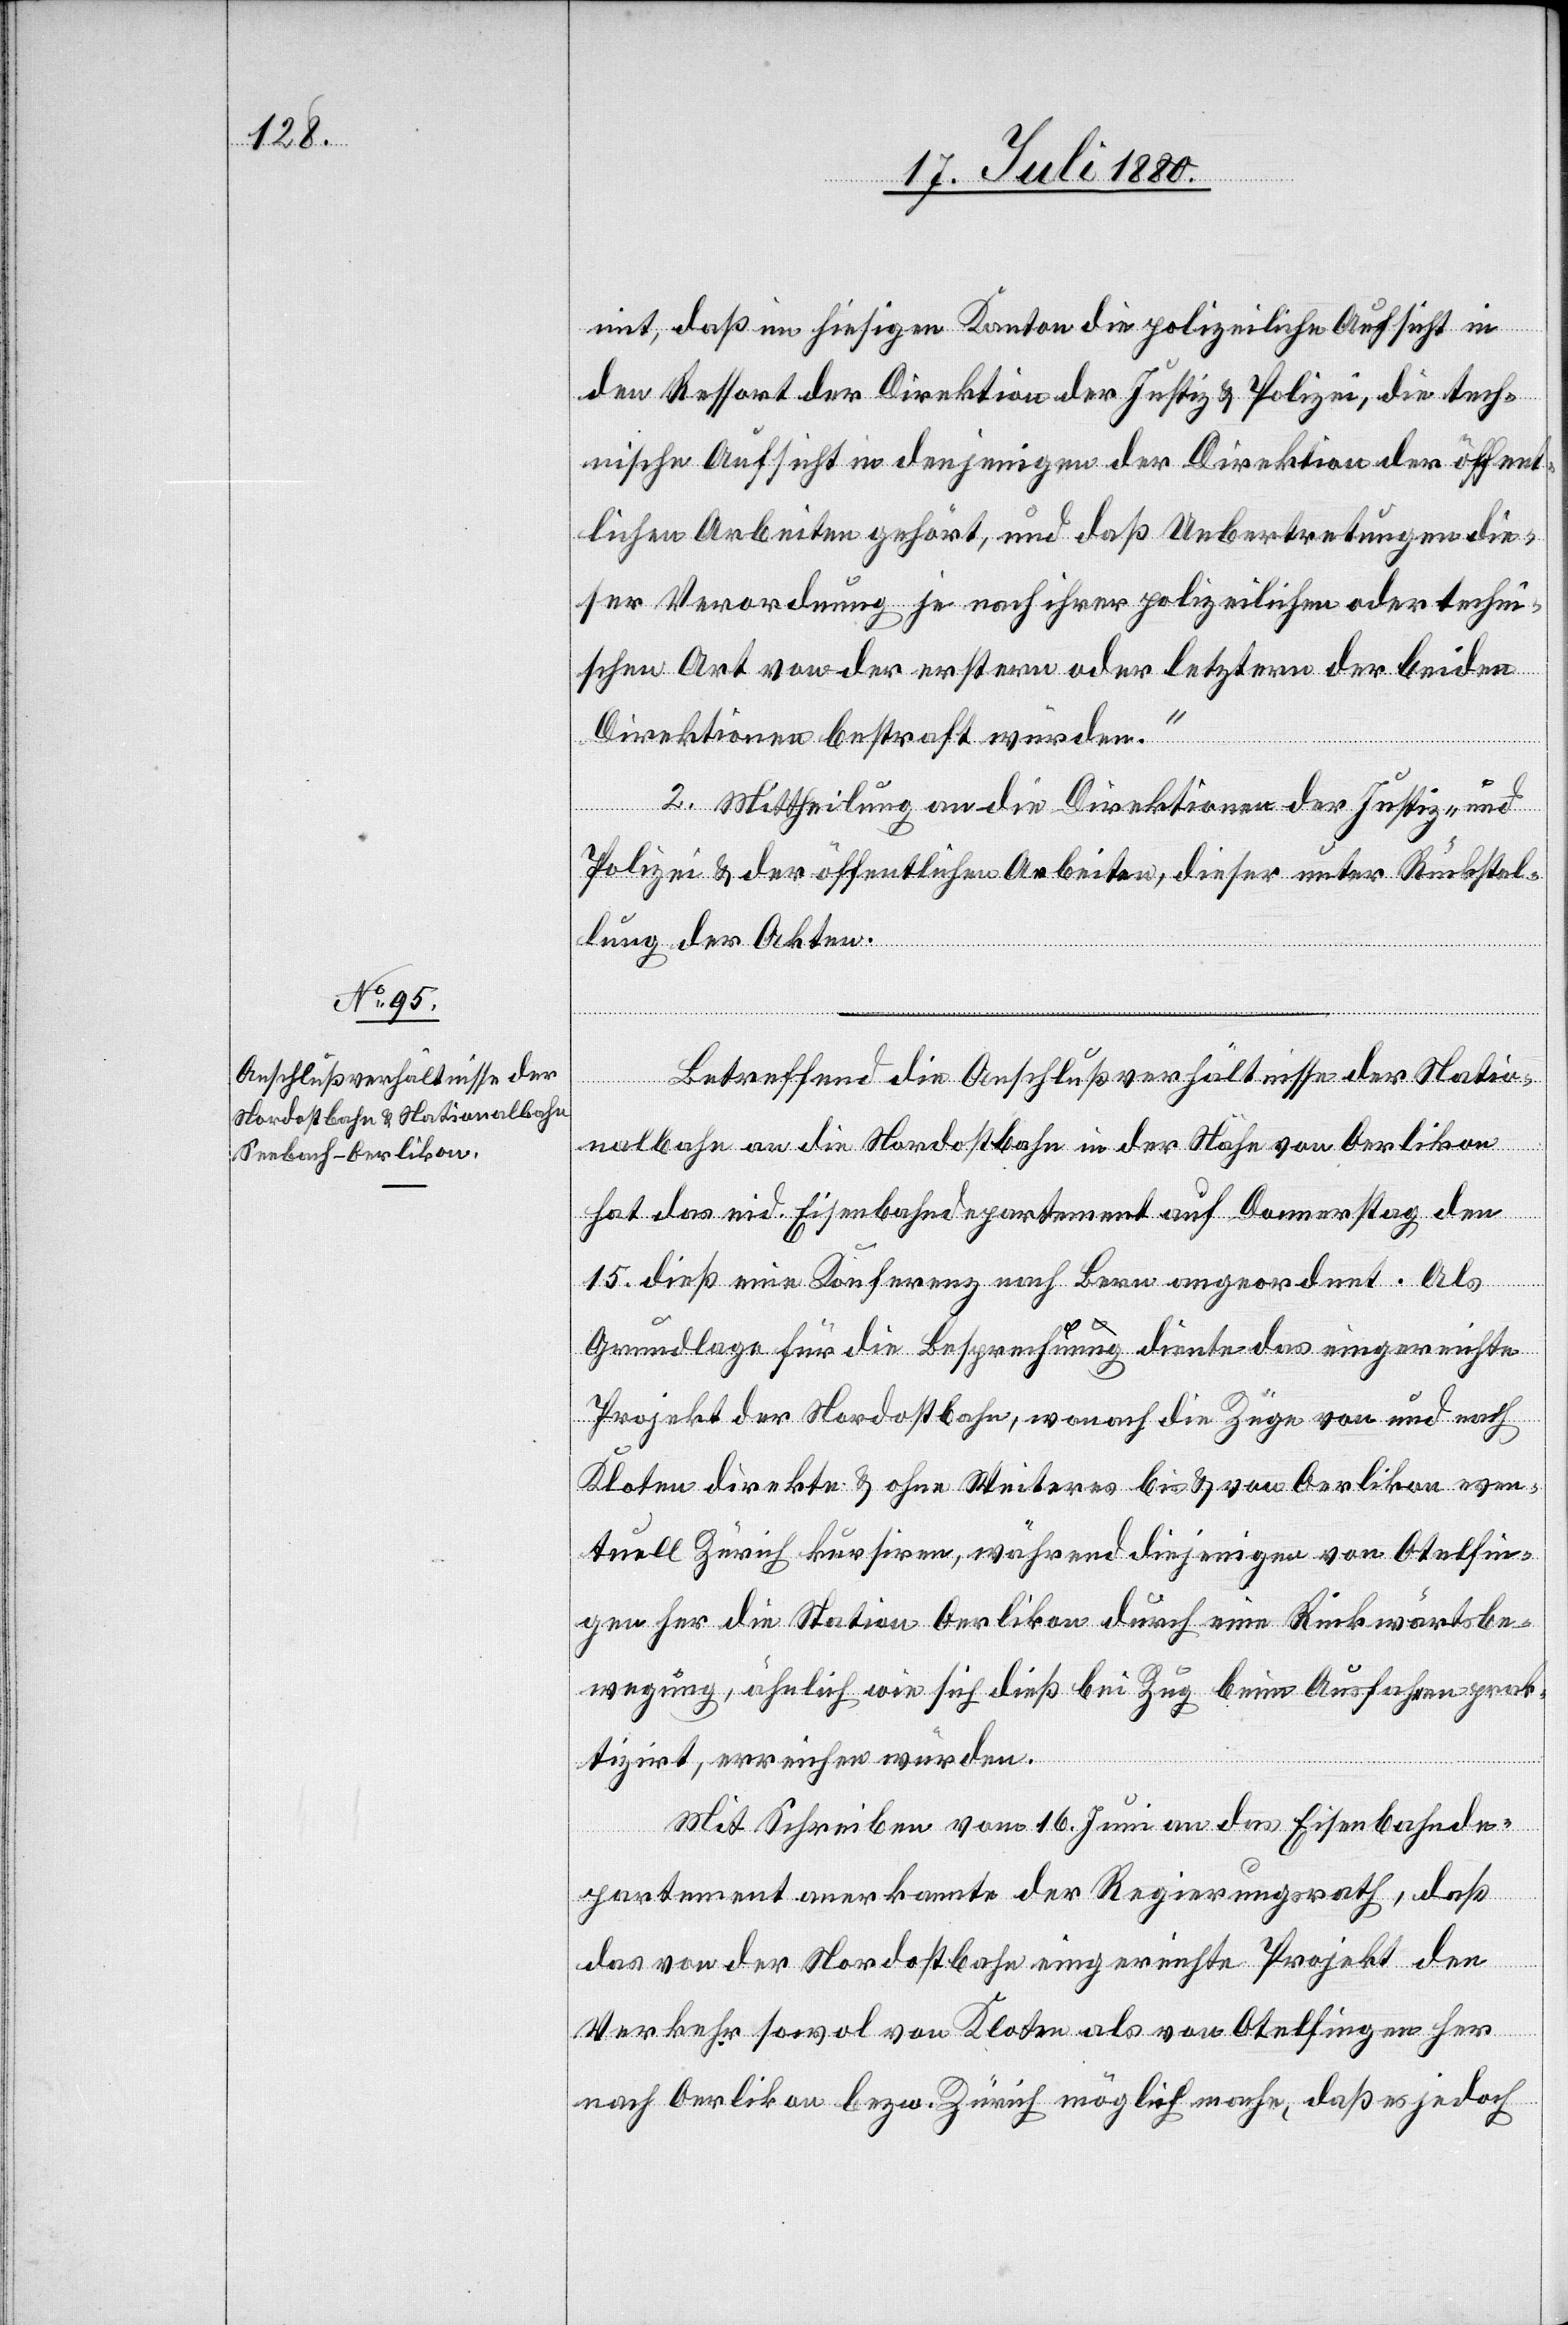
mit, daß im hiesigen Kanton die polizeiliche Aufsicht in
den Ressort der Direktion der Justiz & Polizei, die tech¬
nische Aufsicht in denjenigen der Direktion der öffent¬
lichen Arbeiten gehört, und daß Uebertretungen die¬
ser Verordnung je nach ihrer polizeilichen oder techni¬
schen Art von der ersteren oder letzteren der beiden
Direktionen bestraft würden.“
2. Mittheilung an die Direktion der Justiz- und
Polizei & der öffentlichen Arbeiten, dieser unter Rückhal¬
tung der Akten.
Betreffend die Anschlußverhältnisse der Natio¬
nalbahn an die Nordostbahn in der Nähe von Oerlikon
hat das eid. Eisenbahndepartement auf Donnerstag den
15. dieß eine Konferenz nach Bern angeordnet. Als
Grundlage für die Besprechung diente das eingereichte
Projekt der Nordostbahn, wonach die Züge von und nach
Kloten direkte & ohne Weiteres bis & von Oerlikon even¬
tuell Zürich kursiren, während diejenigen von Otelfin¬
gen her die Station Oerlikon durch eine Rückwärtsbe¬
wegung, ähnlich wie sich dieß bei Zug beim Ausfahren prak¬
tizirt, erreichen würden.
Mit Schreiben vom 16. Juni an das Eisenbahnde¬
partement anerkannte der Regierungsrath, daß
das von der Nordostbahn eingereichte Projekt den
Verkehr sowol von Kloten als von Otelfingen her
nach Oerlikon bezw. Zürich möglich mache, daß es jedoch